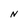
Character: N